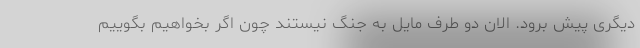
دیگری پیش برود. الان دو طرف مایل به جنگ نیستند چون اگر بخواهیم بگوییم